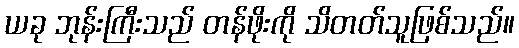
ယခု ဘုန်းကြီးသည် တန်ဖိုးကို သိတတ်သူဖြစ်သည်။